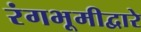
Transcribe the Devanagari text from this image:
रंगभूमीद्वारे